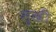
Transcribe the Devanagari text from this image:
मुखीं